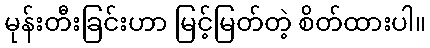
မုန်းတီးခြင်းဟာ မြင့်မြတ်တဲ့ စိတ်ထားပါ။